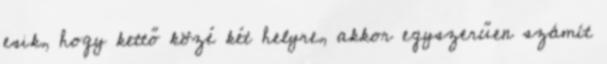
esik, hogy kettő közé két helyre, akkor egyszerűen számít